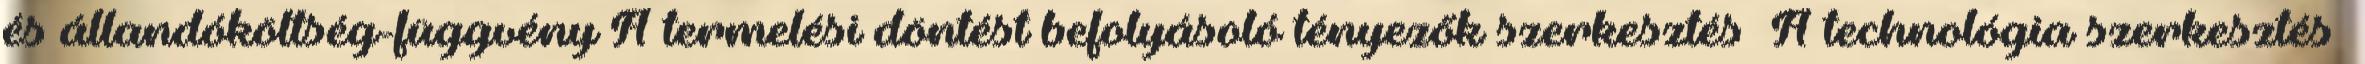
és állandóköltség-függvény A termelési döntést befolyásoló tényezők szerkesztés A technológia szerkesztés